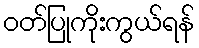
ဝတ်ပြုကိုးကွယ်ရန်